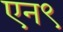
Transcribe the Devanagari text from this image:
एन९